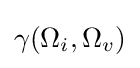
\gamma (\Omega _{i},\Omega _{v})